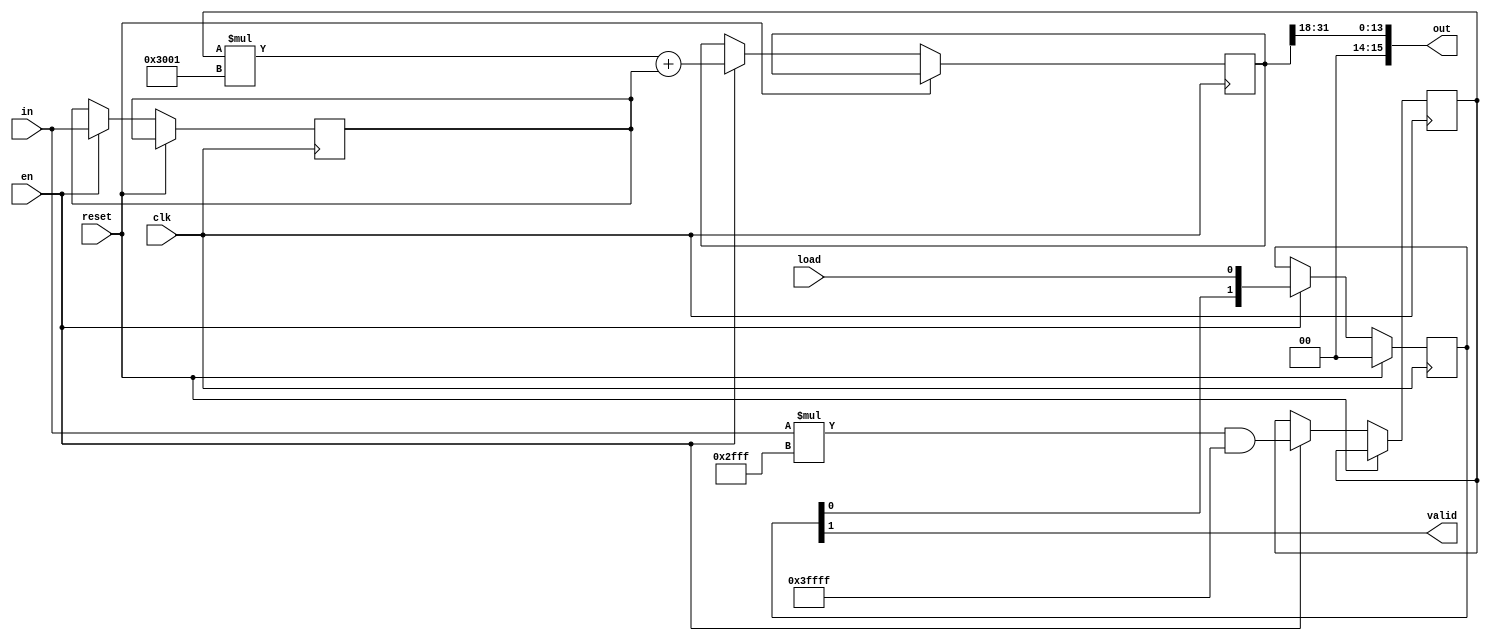
`timescale 1ns / 1ps
//////////////////////////////////////////////////////////////////////////////////
// Company: Virginia Tech
// 
// Module Name: montgomery_reduction
// Project Name:  NTT
// Description:  Performs montgomery reduction of a 32-bit values
//  Expects start signal for 1 cycle to begin process. When finished done will
//  go high for 1 cycle and out will be set to ther reduced value. Reset is
//  synchronous
//////////////////////////////////////////////////////////////////////////////////

module montgomery_reduction(
    input clk,
    input load,
    input en,
    input reset,
    input [31:0] in,
    output [15:0] out,
    output valid
    );
   
    // reg used to store intermediate states
    reg [17:0] MULT_Q_stage_u = 0;
    reg [31:0]  MULT_Q_stage_in = 0;
    reg [31:0] out_reg = 0;
                
    reg [1:0] valid_sr = 0;
    
    assign out = {2'b00, out_reg[31:18]};
    assign valid = valid_sr[1];

    always @(posedge clk)  
    begin
        // synchronous reset 
        if (reset) begin           
            valid_sr <= 1'd0;
        end
        else if (en) begin
            // NOTE: These two calculations are inferred as DSPs
        
            // MULT_QINV calculation
            MULT_Q_stage_u <= (in * 14'd12287) & 18'd262143;
            MULT_Q_stage_in <= in;

            // MULT_Q calculation
            out_reg <= (MULT_Q_stage_u * 14'd12289) + MULT_Q_stage_in;
            
            valid_sr <= {valid_sr[0], load};
        end 
        
    end

endmodule